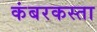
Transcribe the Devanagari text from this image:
कंबरकस्ता